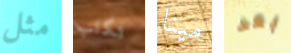
مثل تكتب مينا بعد